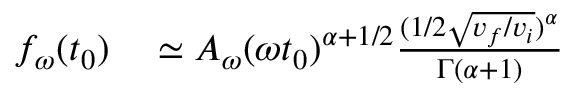
\begin{array} { r l } { f _ { \omega } ( t _ { 0 } ) } & { { } \simeq A _ { \omega } ( \omega t _ { 0 } ) ^ { \alpha + 1 / 2 } \frac { ( 1 / 2 \sqrt { v _ { f } / v _ { i } } ) ^ { \alpha } } { \Gamma ( \alpha + 1 ) } } \end{array}